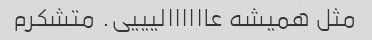
مثل همیشه عاااااالیییی. متشکرم